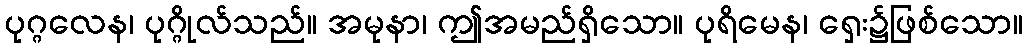
ပုဂ္ဂလေန၊ ပုဂ္ဂိုလ်သည်။ အမုနာ၊ ဤအမည်ရှိသော။ ပုရိမေန၊ ရှေး၌ဖြစ်သော။